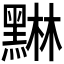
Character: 𮮙